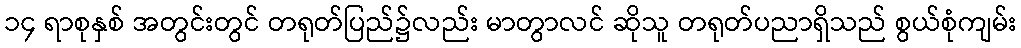
၁၄ ရာစုနှစ် အတွင်းတွင် တရုတ်ပြည်၌လည်း မာတွာလင် ဆိုသူ တရုတ်ပညာရှိသည် စွယ်စုံကျမ်း